Indian journal of veterinary science and animal husbandry - Volume 7,
Year: 1937
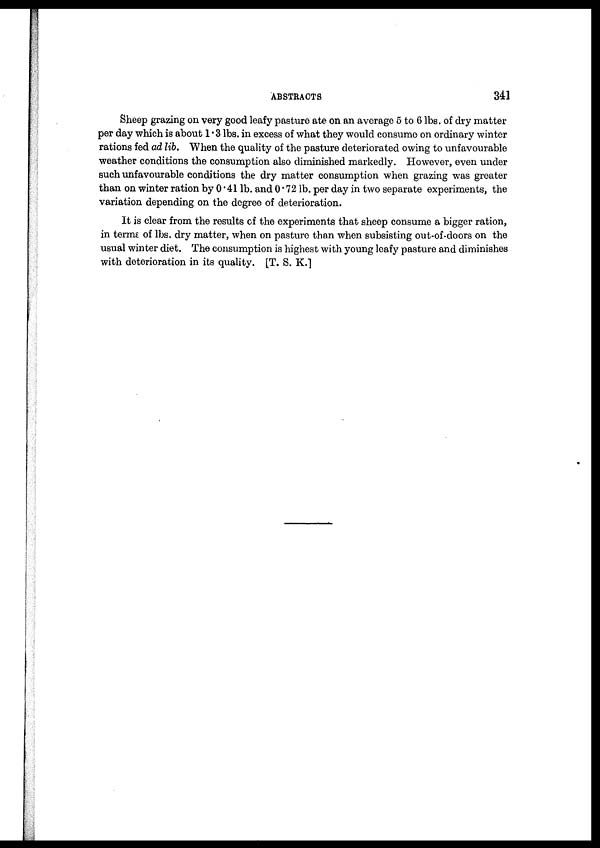
ABSTRACTS
341
Sheep grazing on very good leafy pasture ate on an average 5 to 6 lbs. of dry matter
per day which is about 1. 3 lbs. in excess of what they would consume on ordinary winter
rations fed ad lib. When the quality of the pasture deteriorated owing to unfavourable
weather conditions the consumption also diminished markedly. However, even under
such unfavourable conditions the dry matter consumption when grazing was greater
than on winter ration by 0.41 lb. and 0.72 lb. per day in two separate experiments, the
variation depending on the degree of deterioration.
It is clear from the results of the experiments that sheep consume a bigger ration,
in terms of lbs. dry matter, when on pasture than when subsisting out-of-doors on the
usual winter diet. The consumption is highest with young leafy pasture and diminishes
with deterioration in its quality. [T. S. K.]